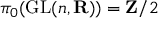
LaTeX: \pi _ { 0 } ( \operatorname { G L } ( n , \mathbf { R } ) ) = \mathbf { Z } / 2